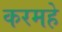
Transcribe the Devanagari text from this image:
करमहे